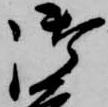
御